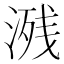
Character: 𣸶